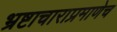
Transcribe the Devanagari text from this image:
भ्रष्टाचाराप्रमाणेच